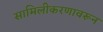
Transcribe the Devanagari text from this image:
सामिलीकरणावरून